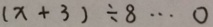
( x + 3 ) \div 8 \cdots 0